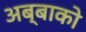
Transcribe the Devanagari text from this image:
अब्बाको